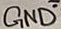
Text: GND